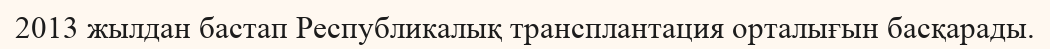
2013 жылдан бастап Республикалық трансплантация орталығын басқарады.